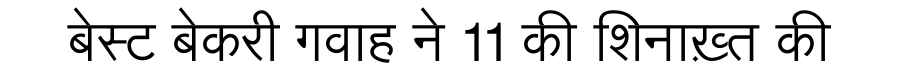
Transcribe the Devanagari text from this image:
बेस्ट बेकरी गवाह ने 11 की शिनाख़्त की